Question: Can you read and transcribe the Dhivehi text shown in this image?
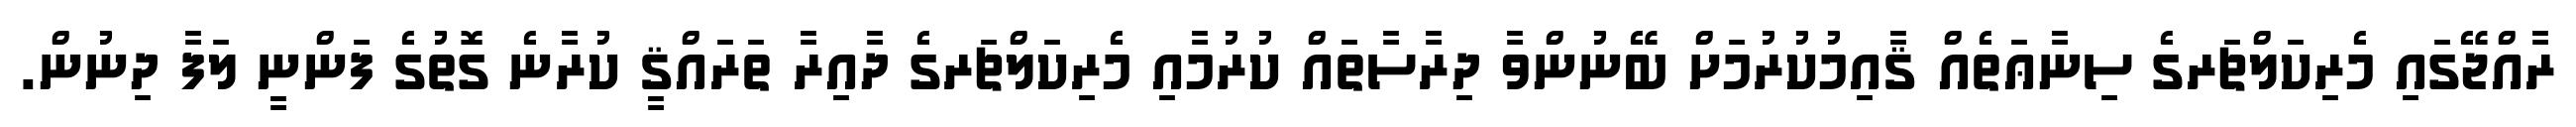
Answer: ރާއްޖޭގައި މެރިކަލްޗަރގެ ސިނާޢަތެއް ޤާއިމުކުރުމަށް ބޭނުންވާ ދިރާސާތައް ކުރުމާއި މެރިކަލްޗަރގެ ދާއިރާ ތަރައްޤީ ކުރާނެ ގޮތުގެ ފަންނީ ލަފާ ދިނުން.